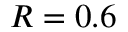
R = 0 . 6